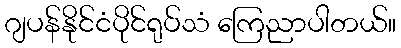
ဂျပန်နိုင်ငံပိုင်ရုပ်သံ ကြေညာပါတယ်။